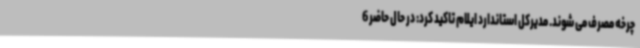
چرخه مصرف می شوند. مدیرکل استاندارد ایلام تاکید کرد: در حال حاضر 6